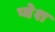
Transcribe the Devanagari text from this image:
प्वेश